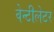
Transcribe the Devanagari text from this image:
वेन्टीलेटर